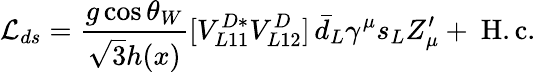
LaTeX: {\cal L}_{ds}=\frac{g\cos\theta_{W}}{\sqrt{3}h(x)}[V_{L11}^{D*}V_{L12}^{D}]\, \bar{d}_{L}\gamma^{\mu}s_{L}Z_{\mu}^{\prime}+\mathrm{~H.c.}